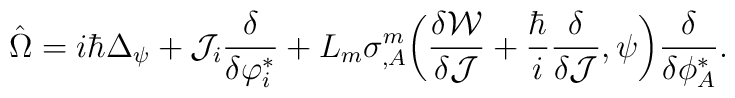
\hat{\Omega}= i\hbar\Delta_\psi+{\cal J}_i\frac{\delta} {\delta\varphi^{*}_i}+L_m\sigma^m_{,A}\bigg(\frac{\delta{\cal W}} {\delta{\cal J}} +\frac{\hbar}{i}\frac{\delta}{\delta{\cal J}},\psi\bigg) \frac{\delta}{\delta\phi^{*}_A}.